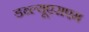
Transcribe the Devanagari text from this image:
डब्ल्यूएसएम